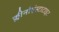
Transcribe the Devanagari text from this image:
क्लीनोएंस्टाटाइट